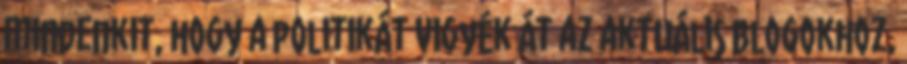
mindenkit, hogy a politikát vigyék át az aktuális blogokhoz,